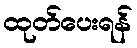
ထုတ်ပေးရန်